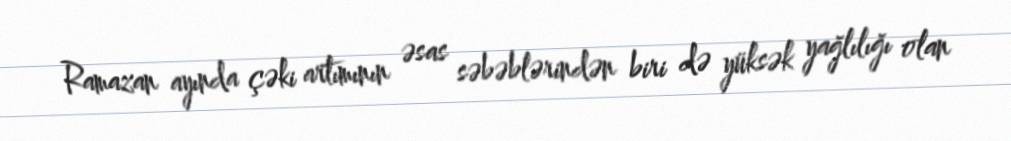
Ramazan ayında çəki artımının əsas səbəblərindən biri də yüksək yağlılığı olan